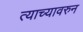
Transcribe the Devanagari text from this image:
त्याच्यावरुन